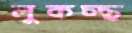
লুকচ্ছ